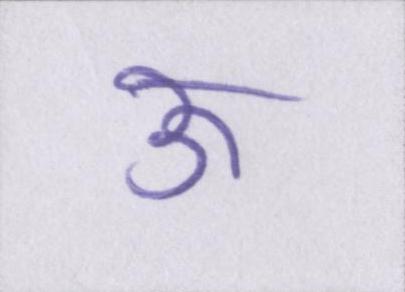
ऊ